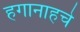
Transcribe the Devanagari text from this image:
हगानाहचे